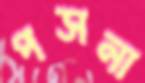
পসনা